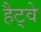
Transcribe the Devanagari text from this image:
हैट्वे